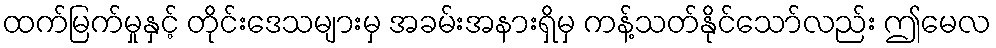
ထက်မြက်မှုနှင့် တိုင်းဒေသများမှ အခမ်းအနားရှိမှ ကန့်သတ်နိုင်သော်လည်း ဤမေလ